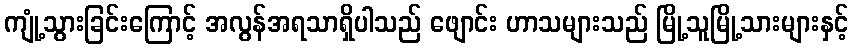
ကျုံ့သွားခြင်းကြောင့် အလွန်အရသာရှိပါသည် ဖျောင်း ဟာသများသည် မြို့သူမြို့သားများနှင့်